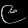
Digit: ၉